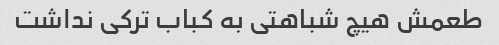
طعمش هیچ شباهتی به کباب ترکی نداشت